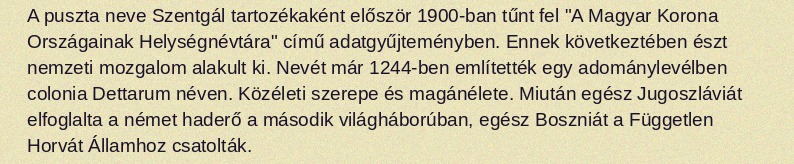
A puszta neve Szentgál tartozékaként először 1900-ban tűnt fel "A Magyar Korona Országainak Helységnévtára" című adatgyűjteményben. Ennek következtében észt nemzeti mozgalom alakult ki. Nevét már 1244-ben említették egy adománylevélben colonia Dettarum néven. Közéleti szerepe és magánélete. Miután egész Jugoszláviát elfoglalta a német haderő a második világháborúban, egész Boszniát a Független Horvát Államhoz csatolták.